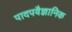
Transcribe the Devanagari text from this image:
पादपवैज्ञानिक